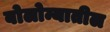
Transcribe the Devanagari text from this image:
बोलोन्यातील